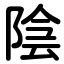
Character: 陰